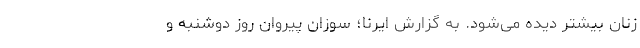
زنان بیشتر دیده می‌شود. به گزارش ایرنا؛ سوزان پیروان روز دوشنبه و